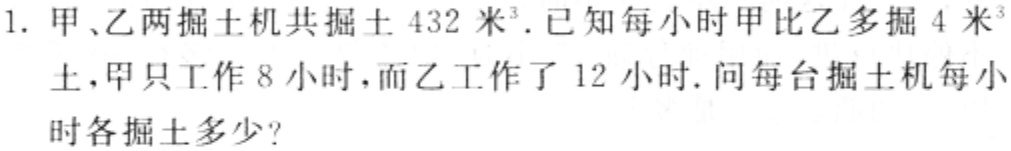
1. 甲、乙两掘土机共掘土 \(432\) 米\(^{3}\). 已知每小时甲比乙多掘 \(4\) 米\(^{3}\)土，甲只工作了 \(8\) 小时，而乙工作了 \(12\) 小时. 问每台掘土机每小时各掘土多少?